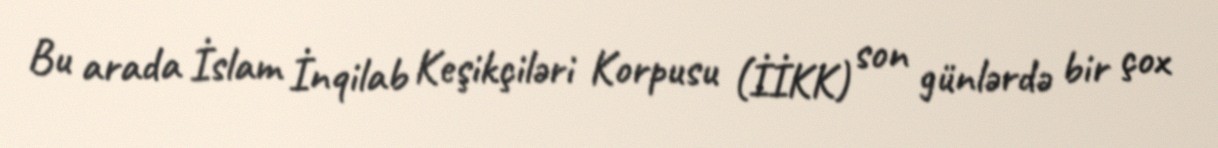
Bu arada İslam İnqilab Keşikçiləri Korpusu (İİKK) son günlərdə bir çox